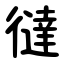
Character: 㣵